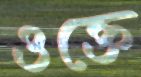
ওক্তে